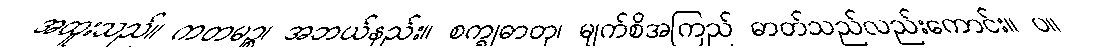
အထူးသည်။ ကတမဉ္စ၊ အဘယ်နည်း။ စက္ခုဓာတု၊ မျက်စိအကြည် ဓာတ်သည်လည်းကောင်း။ ပ။